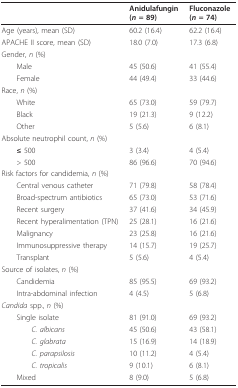
<table><thead><tr><td></td><td><b>Anidulafungin(<i>n </i>= 89)</b></td><td><b>Fluconazole(<i>n </i>= 74)</b></td></tr></thead><tbody><tr><td>Age (years), mean (SD)</td><td>60.2 (16.4)</td><td>62.2 (16.4)</td></tr><tr><td>APACHE II score, mean (SD)</td><td>18.0 (7.0)</td><td>17.3 (6.8)</td></tr><tr><td>Gender, <i>n </i>(%)</td><td></td><td></td></tr><tr><td> Male</td><td>45 (50.6)</td><td>41 (55.4)</td></tr><tr><td> Female</td><td>44 (49.4)</td><td>33 (44.6)</td></tr><tr><td>Race, <i>n </i>(%)</td><td></td><td></td></tr><tr><td> White</td><td>65 (73.0)</td><td>59 (79.7)</td></tr><tr><td> Black</td><td>19 (21.3)</td><td>9 (12.2)</td></tr><tr><td> Other</td><td>5 (5.6)</td><td>6 (8.1)</td></tr><tr><td>Absolute neutrophil count, <i>n </i>(%)</td><td></td><td></td></tr><tr><td> <b>≤ </b>500</td><td>3 (3.4)</td><td>4 (5.4)</td></tr><tr><td> &gt; 500</td><td>86 (96.6)</td><td>70 (94.6)</td></tr><tr><td>Risk factors for candidemia, <i>n </i>(%)</td><td></td><td></td></tr><tr><td> Central venous catheter</td><td>71 (79.8)</td><td>58 (78.4)</td></tr><tr><td> Broad-spectrum antibiotics</td><td>65 (73.0)</td><td>53 (71.6)</td></tr><tr><td> Recent surgery</td><td>37 (41.6)</td><td>34 (45.9)</td></tr><tr><td> Recent hyperalimentation (TPN)</td><td>25 (28.1)</td><td>16 (21.6)</td></tr><tr><td> Malignancy</td><td>23 (25.8)</td><td>16 (21.6)</td></tr><tr><td> Immunosuppressive therapy</td><td>14 (15.7)</td><td>19 (25.7)</td></tr><tr><td> Transplant</td><td>5 (5.6)</td><td>4 (5.4)</td></tr><tr><td>Source of isolates, <i>n </i>(%)</td><td></td><td></td></tr><tr><td> Candidemia</td><td>85 (95.5)</td><td>69 (93.2)</td></tr><tr><td> Intra-abdominal infection</td><td>4 (4.5)</td><td>5 (6.8)</td></tr><tr><td><i>Candida </i>spp., <i>n </i>(%)</td><td></td><td></td></tr><tr><td> Single isolate</td><td>81 (91.0)</td><td>69 (93.2)</td></tr><tr><td><i>C. albicans</i></td><td>45 (50.6)</td><td>43 (58.1)</td></tr><tr><td><i>C. glabrata</i></td><td>15 (16.9)</td><td>14 (18.9)</td></tr><tr><td><i>C. parapsilosis</i></td><td>10 (11.2)</td><td>4 (5.4)</td></tr><tr><td><i>C. tropicalis</i></td><td>9 (10.1)</td><td>6 (8.1)</td></tr><tr><td> Mixed</td><td>8 (9.0)</td><td>5 (6.8)</td></tr></tbody></table>